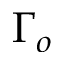
\Gamma _ { o }